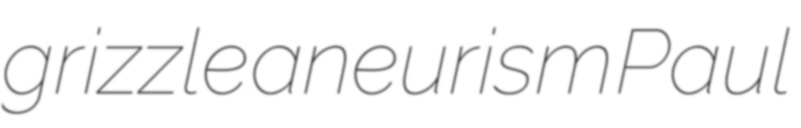
grizzle aneurism Paul